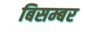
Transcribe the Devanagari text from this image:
बिसम्बर